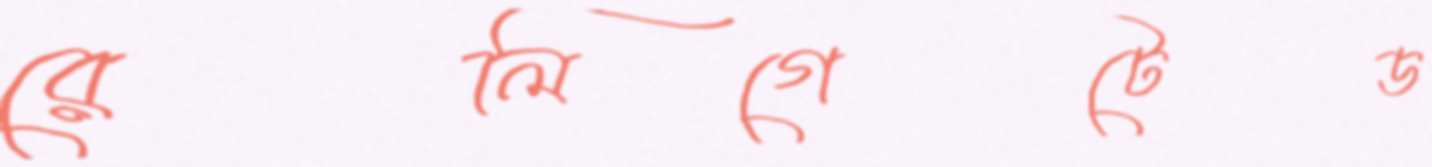
রেলিগেটেড